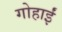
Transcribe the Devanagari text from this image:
गोहार्इं